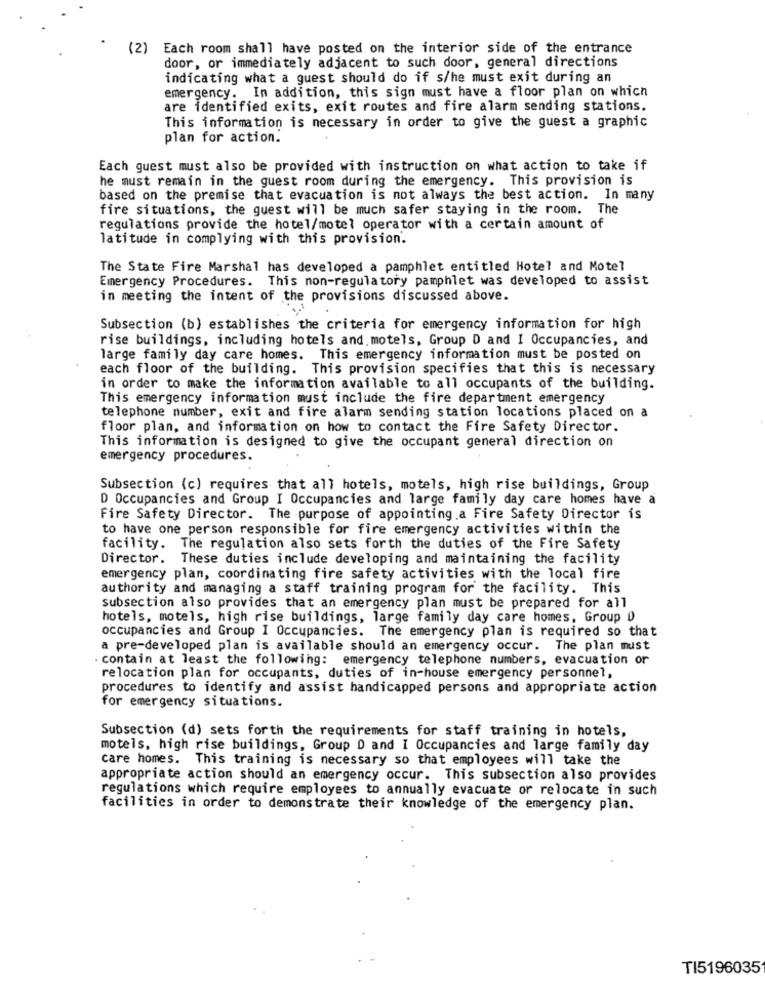
(2) Each room shall have posted on the interior side of the entrance
door, or immediately adjacent to such door, general directions
indicating what a guest should do if s/he must exit during an
emergency. In addition, this sign must have a floor plan on which
are identified exits, exit routes and fire alarm sending stations.
This information is necessary in order to give the guest a graphic
plan for action.
Each guest must also be provided with instruction on what action to take if
he must remain in the guest room during the emergency. This provision is
based on the premise that evacuation is not always the best action. In many
fire situations, the guest will be much safer staying in the room. The
regulations provide the hotel/motel operator with a certain amount of
latitude in complying with this provision.
The State Fire Marshal has developed a pamphlet entitled Hotel and Motel
Emergency Procedures. This non-regulatory pamphlet was developed to assist
in meeting the intent of the provisions discussed above.
Subsection (b) establishes the criteria for emergency information for high
rise buildings, including hotels and. motels, Group D and I Occupancies, and
large family day care homes. This emergency information must be posted on
each floor of the building. This provision specifies that this is necessary
in order to make the information available to all occupants of the building.
This emergency information must include the fire department emergency
telephone number, exit and fire alarm sending station locations placed on a
floor plan, and information on how to contact the Fire Safety Director.
This information is designed to give the occupant general direction on
emergency procedures.
Subsection (c) requires that all hotels, motels, high rise buildings, Group
D Occupancies and Group I Occupancies and large family day care homes have a
Fire Safety Director. The purpose of appointing.a Fire Safety Director is
to have one person responsible for fire emergency activities within the
facility. The regulation also sets forth the duties of the Fire Safety
Director. These duties include developing and maintaining the facility
emergency plan, coordinating fire safety activities with the local fire
authority and managing a staff training program for the facility. This
subsection also provides that an emergency plan must be prepared for all
hotels, motels, high rise buildings, large family day care homes, Group D
occupancies and Group I Occupancies. The emergency plan is required so that
a pre-developed plan is available should an emergency occur. The plan must
contain at least the following: emergency telephone numbers, evacuation or
relocation plan for occupants, duties of in-house emergency personnel,
procedures to identify and assist handicapped persons and appropriate action
for emergency situations.
Subsection (d) sets forth the requirements for staff training in hotels,
motels, high rise buildings, Group D and I Occupancies and large family day
care homes. This training is necessary so that employees will take the
appropriate action should an emergency occur. This subsection also provides
regulations which require employees to annually evacuate or relocate in such
facilities in order to demonstrate their knowledge of the emergency plan.
TI5196035